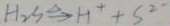
H _ { 2 } S \xrightarrow { \Delta } H ^ { + } + S ^ { 2 - }